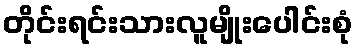
တိုင်းရင်းသားလူမျိုးပေါင်းစုံ